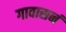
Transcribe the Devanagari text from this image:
गावासनं